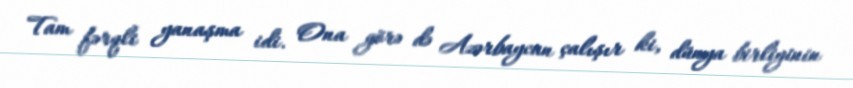
Tam fərqli yanaşma idi. Ona görə də Azərbaycan çalışır ki, dünya birliyinin